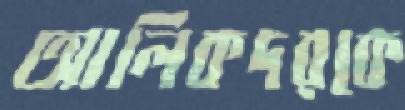
আলিকদরকে